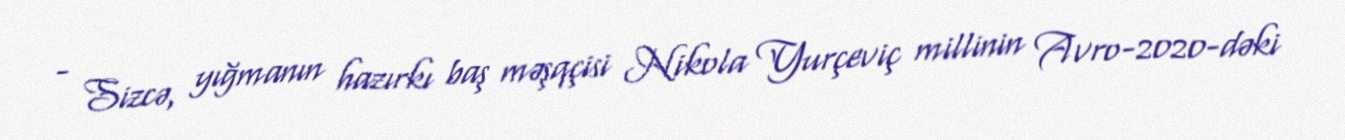
- Sizcə, yığmanın hazırkı baş məşqçisi Nikola Yurçeviç millinin Avro-2020-dəki